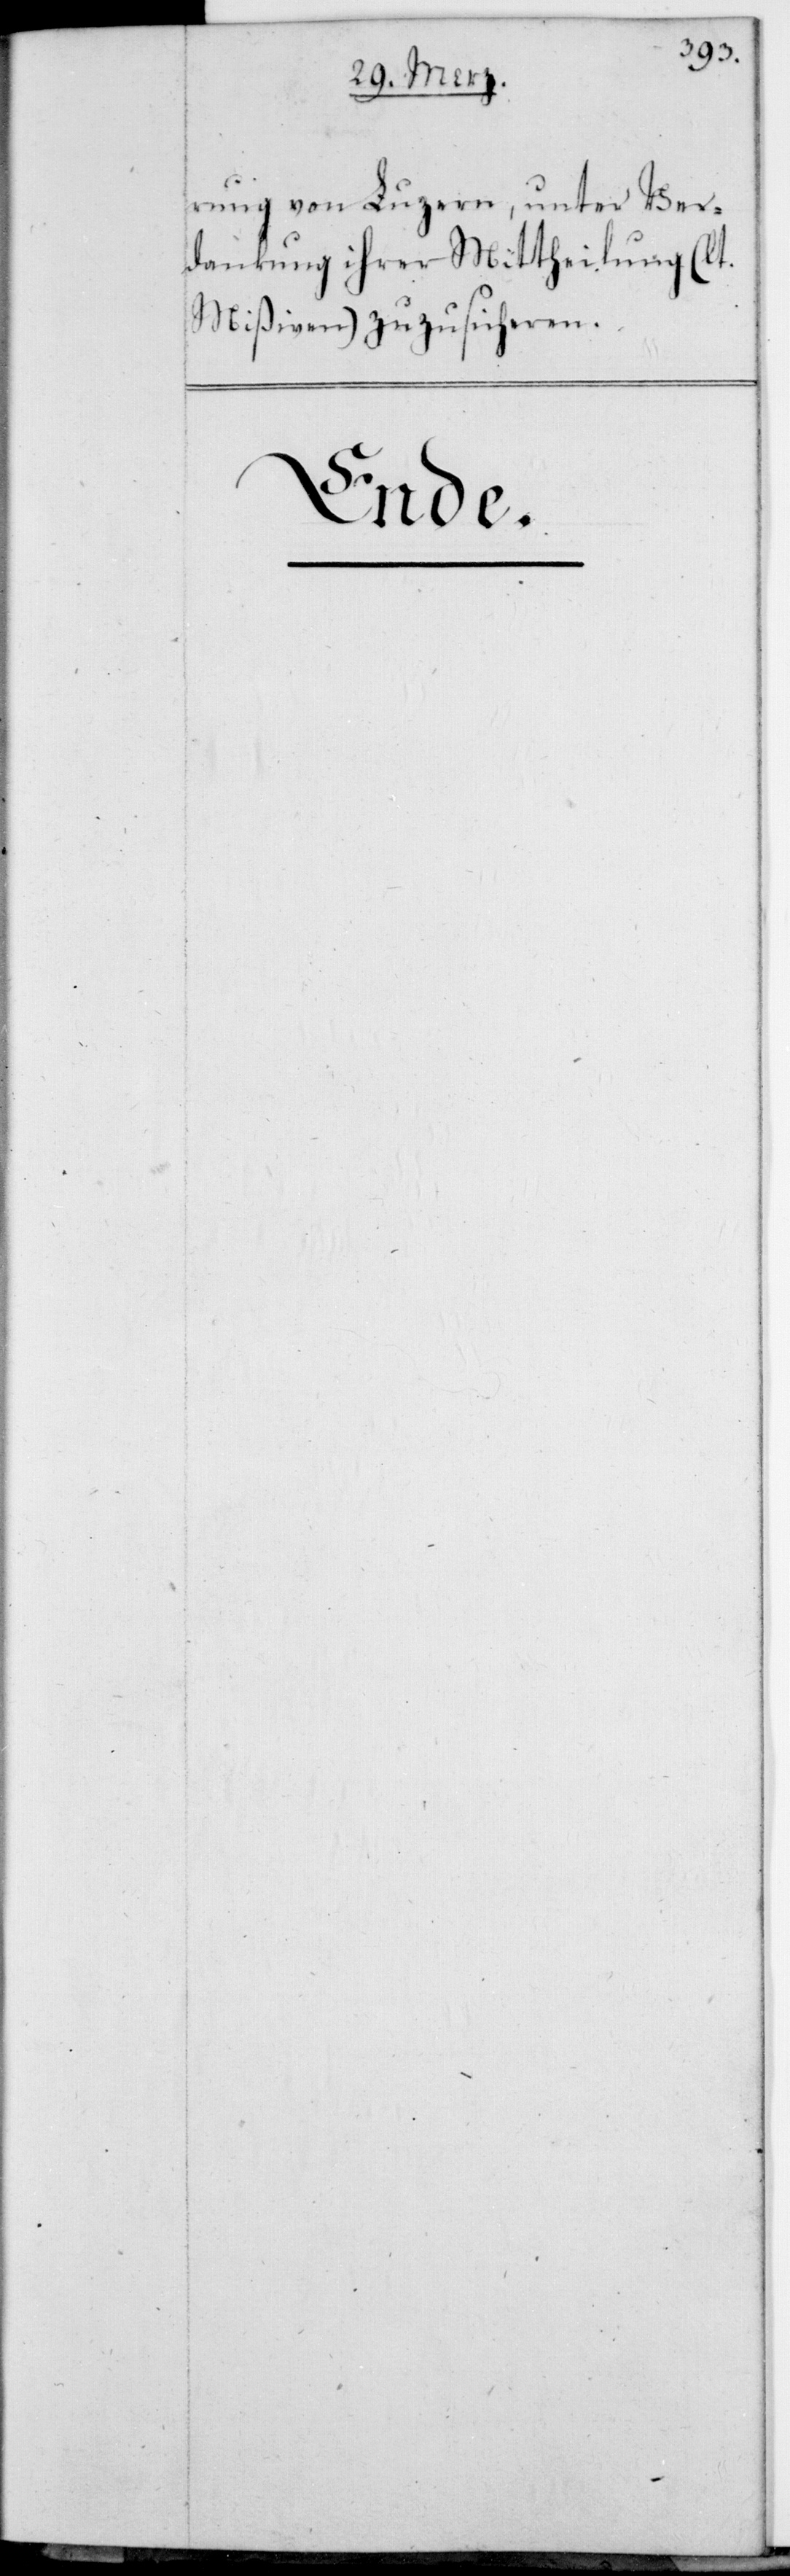
rung von Luzern, unter Ver¬
dankung ihrer Mittheilung (lt.
Mißiven) zuzusicheren.